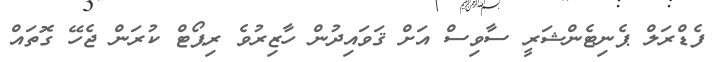
ފެޑްރަލް ޕެނިޓެންޝަރީ ސާވިސް އަށް ޤަވައިދުން ހާޒިރުވެ ރިޕޯޓް ކުރަން ޖެހޭ ގޮތައް